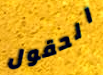
الحقول